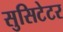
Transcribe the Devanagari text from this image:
सुसिटेटर